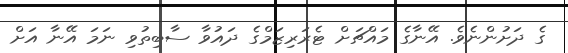
ގެ ދަށުންނެވެ. އޭނާގެ މައްޗަށް ޓެރަރިޒަމްގެ ދައުވާ ސާބިތުވި ނަމަ އޭނާ އަށް